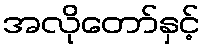
အလိုတော်နှင့်